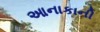
આનાકાની